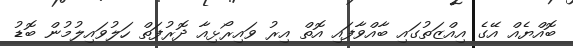
ބޮއްޔެއް އޭގެ އިއްޒަތުގައި ބާއްވާފައި އޮތް އިރު ވައިރޯޅިއާ ދޮރުފަތް ހަލުވައިލުމުން ބޮޑު